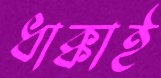
ধাক্কাই